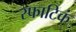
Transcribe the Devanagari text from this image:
स्फाटिकं